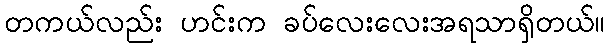
တကယ်လည်း ဟင်းက ခပ်လေးလေးအရသာရှိတယ်။